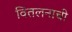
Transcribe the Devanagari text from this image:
वितलनाची